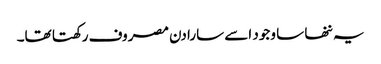
یہ ننھا سا وجود اسے سارا دن مصروف رکھتا تھا۔